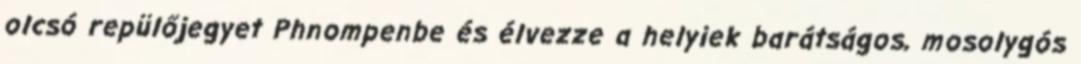
olcsó repülőjegyet Phnompenbe és élvezze a helyiek barátságos, mosolygós